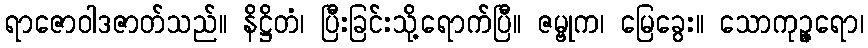
ရာဇောဝါဒဇာတ်သည်။ နိဋ္ဌိတံ၊ ပြီးခြင်းသို့ရောက်ပြီ။ ဇမ္ဗုက၊ မြေခွေး။ သောကုဉ္ဇရော၊